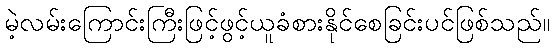
မဲ့လမ်းကြောင်းကြီးဖြင့်ဖွင့်ယူခံစားနိုင်စေခြင်းပင်ဖြစ်သည်။